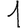
Digit: 1